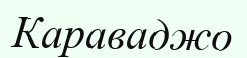
Караваджо